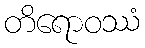
တိရောဝဿံ